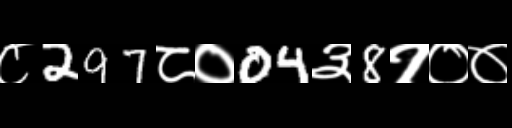
Text: ८297८०04३8१००